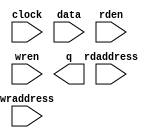
// megafunction wizard: %LPM_RAM_DP%VBB%
// GENERATION: STANDARD
// VERSION: WM1.0
// MODULE: lpm_ram_dp 

// ============================================================
// Megafunction Name(s):
// 			lpm_ram_dp
//
// Simulation Library Files(s):
// 			lpm
// ============================================================
// ************************************************************
// THIS IS A WIZARD-GENERATED FILE. DO NOT EDIT THIS FILE!
//
// 9.0 Build 184 04/29/2009 SP 1 SJ Web Edition
// ************************************************************

//Copyright (C) 1991-2009 Altera Corporation
//Your use of Altera Corporation's design tools, logic functions 
//and other software and tools, and its AMPP partner logic 
//functions, and any output files from any of the foregoing 
//(including device programming or simulation files), and any 
//associated documentation or information are expressly subject 
//to the terms and conditions of the Altera Program License 
//Subscription Agreement, Altera MegaCore Function License 
//Agreement, or other applicable license agreement, including, 
//without limitation, that your use is for the sole purpose of 
//programming logic devices manufactured by Altera and sold by 
//Altera or its authorized distributors.  Please refer to the 
//applicable agreement for further details.

module mem100 (
	clock,
	data,
	rdaddress,
	rden,
	wraddress,
	wren,
	q);

	input	  clock;
	input	[17:0]  data;
	input	[6:0]  rdaddress;
	input	  rden;
	input	[6:0]  wraddress;
	input	  wren;
	output	[17:0]  q;
`ifndef ALTERA_RESERVED_QIS
// synopsys translate_off
`endif
	tri1	  rden;
	tri0	  wren;
`ifndef ALTERA_RESERVED_QIS
// synopsys translate_on
`endif

endmodule

// ============================================================
// CNX file retrieval info
// ============================================================
// Retrieval info: PRIVATE: BlankMemory NUMERIC "0"
// Retrieval info: PRIVATE: CLRdata NUMERIC "0"
// Retrieval info: PRIVATE: CLRq NUMERIC "0"
// Retrieval info: PRIVATE: CLRrdaddress NUMERIC "0"
// Retrieval info: PRIVATE: CLRrren NUMERIC "0"
// Retrieval info: PRIVATE: CLRwraddress NUMERIC "0"
// Retrieval info: PRIVATE: CLRwren NUMERIC "0"
// Retrieval info: PRIVATE: Clock NUMERIC "0"
// Retrieval info: PRIVATE: INTENDED_DEVICE_FAMILY STRING "FLEX10KE"
// Retrieval info: PRIVATE: MIFfilename STRING "C:/Projects/MSB_rus/08042016/mem_bdcc.mif"
// Retrieval info: PRIVATE: REGdata NUMERIC "1"
// Retrieval info: PRIVATE: REGq NUMERIC "1"
// Retrieval info: PRIVATE: REGrdaddress NUMERIC "1"
// Retrieval info: PRIVATE: REGrren NUMERIC "1"
// Retrieval info: PRIVATE: REGwraddress NUMERIC "1"
// Retrieval info: PRIVATE: REGwren NUMERIC "1"
// Retrieval info: PRIVATE: SYNTH_WRAPPER_GEN_POSTFIX STRING "0"
// Retrieval info: PRIVATE: UseDPRAM NUMERIC "0"
// Retrieval info: PRIVATE: UseLCs NUMERIC "0"
// Retrieval info: PRIVATE: WidthAddr NUMERIC "7"
// Retrieval info: PRIVATE: WidthData NUMERIC "18"
// Retrieval info: PRIVATE: enable NUMERIC "0"
// Retrieval info: PRIVATE: rden NUMERIC "1"
// Retrieval info: CONSTANT: INTENDED_DEVICE_FAMILY STRING "FLEX10KE"
// Retrieval info: CONSTANT: LPM_FILE STRING "C:/Projects/MSB_rus/08042016/mem_bdcc.mif"
// Retrieval info: CONSTANT: LPM_INDATA STRING "REGISTERED"
// Retrieval info: CONSTANT: LPM_OUTDATA STRING "REGISTERED"
// Retrieval info: CONSTANT: LPM_RDADDRESS_CONTROL STRING "REGISTERED"
// Retrieval info: CONSTANT: LPM_TYPE STRING "LPM_RAM_DP"
// Retrieval info: CONSTANT: LPM_WIDTH NUMERIC "18"
// Retrieval info: CONSTANT: LPM_WIDTHAD NUMERIC "7"
// Retrieval info: CONSTANT: LPM_WRADDRESS_CONTROL STRING "REGISTERED"
// Retrieval info: CONSTANT: RDEN_USED STRING "TRUE"
// Retrieval info: CONSTANT: USE_EAB STRING "ON"
// Retrieval info: USED_PORT: clock 0 0 0 0 INPUT NODEFVAL clock
// Retrieval info: USED_PORT: data 0 0 18 0 INPUT NODEFVAL data[17..0]
// Retrieval info: USED_PORT: q 0 0 18 0 OUTPUT NODEFVAL q[17..0]
// Retrieval info: USED_PORT: rdaddress 0 0 7 0 INPUT NODEFVAL rdaddress[6..0]
// Retrieval info: USED_PORT: rden 0 0 0 0 INPUT VCC rden
// Retrieval info: USED_PORT: wraddress 0 0 7 0 INPUT NODEFVAL wraddress[6..0]
// Retrieval info: USED_PORT: wren 0 0 0 0 INPUT GND wren
// Retrieval info: CONNECT: @data 0 0 18 0 data 0 0 18 0
// Retrieval info: CONNECT: q 0 0 18 0 @q 0 0 18 0
// Retrieval info: CONNECT: @wraddress 0 0 7 0 wraddress 0 0 7 0
// Retrieval info: CONNECT: @rdaddress 0 0 7 0 rdaddress 0 0 7 0
// Retrieval info: CONNECT: @wren 0 0 0 0 wren 0 0 0 0
// Retrieval info: CONNECT: @rden 0 0 0 0 rden 0 0 0 0
// Retrieval info: CONNECT: @wrclock 0 0 0 0 clock 0 0 0 0
// Retrieval info: CONNECT: @rdclock 0 0 0 0 clock 0 0 0 0
// Retrieval info: LIBRARY: lpm lpm.lpm_components.all
// Retrieval info: GEN_FILE: TYPE_NORMAL mem100.v TRUE
// Retrieval info: GEN_FILE: TYPE_NORMAL mem100.inc FALSE
// Retrieval info: GEN_FILE: TYPE_NORMAL mem100.cmp TRUE
// Retrieval info: GEN_FILE: TYPE_NORMAL mem100.bsf TRUE FALSE
// Retrieval info: GEN_FILE: TYPE_NORMAL mem100_inst.v FALSE
// Retrieval info: GEN_FILE: TYPE_NORMAL mem100_bb.v TRUE
// Retrieval info: LIB_FILE: lpm